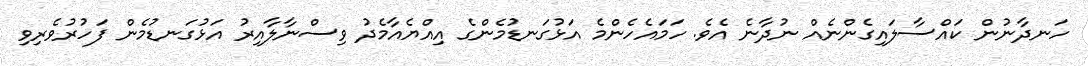
ހަނދާނުން ކައްސާލައިގެންނެއް ނުދާނެ އެވެ. ހަމައެހެންމެ އަޅުގަނޑުމެންގެ އިއްޔެއާމެދު ވިސްނާލާއިރު އަޅުގަނޑުމެން ފަހުރުވެރިވި